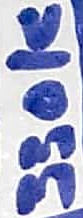
Text: 330K